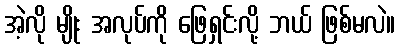
အဲ့လို မျိုး အလုပ်ကို ဖြေရှင်းလို့ ဘယ် ဖြစ်မလဲ။